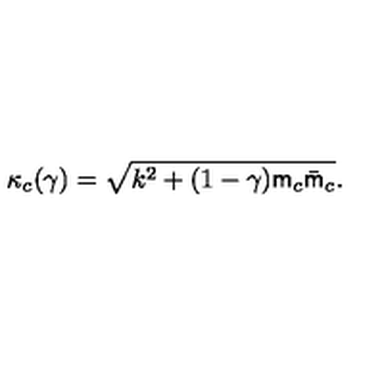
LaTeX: \kappa _ { c } ( \gamma ) = \sqrt { k ^ { 2 } + ( 1 - \gamma ) { \sf m } _ { c } \bar { \sf m } _ { c } } .